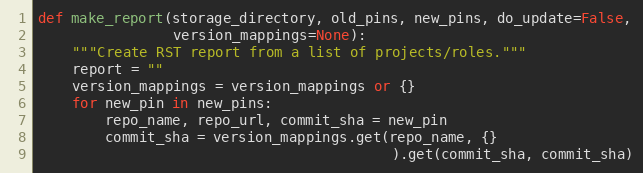
Language: Python
def make_report(storage_directory, old_pins, new_pins, do_update=False,
                version_mappings=None):
    """Create RST report from a list of projects/roles."""
    report = ""
    version_mappings = version_mappings or {}
    for new_pin in new_pins:
        repo_name, repo_url, commit_sha = new_pin
        commit_sha = version_mappings.get(repo_name, {}
                                          ).get(commit_sha, commit_sha)